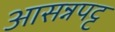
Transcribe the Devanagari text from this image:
आसन्नपट्ट